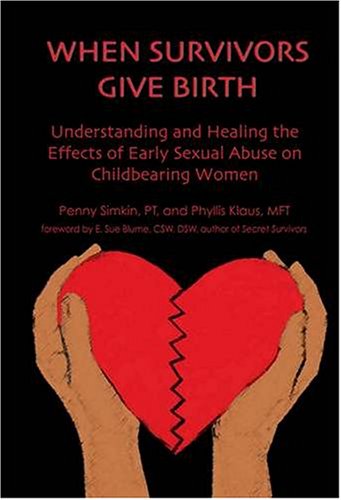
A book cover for When Survivors Give Birth: Understanding and Healing the Effects of Early Sexual Abuse on Childbearing Women; Penny Simkin; Medical Books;